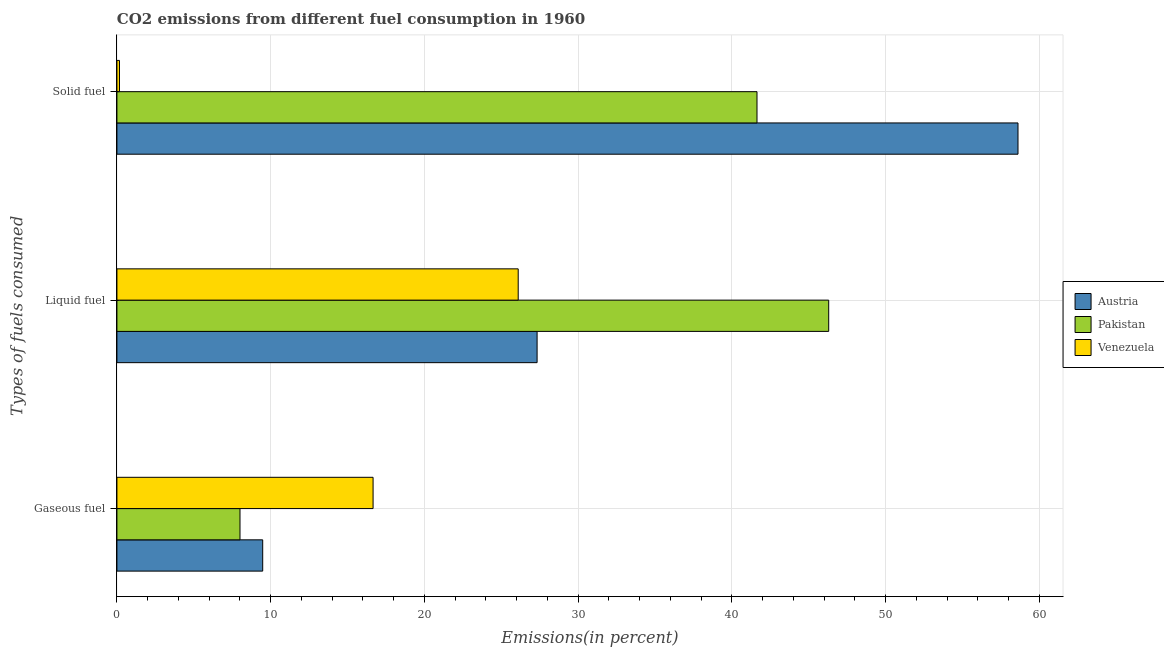
| Types of fuels consumed | Austria | Pakistan | Venezuela |
 | --- | --- | --- | --- |
 | Gaseous fuel | 9.48 | 8.01 | 16.7 |
 | Liquid fuel | 27.3 | 46.3 | 26.1 |
 | Solid fuel | 58.6 | 41.6 | 0.167 |